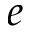
e